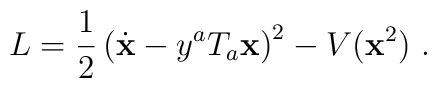
L = \frac{1}{2}\left(\dot{\bf x} - y^aT_a {\bf x}\right)^2 -V({\bf x}^2)\ .